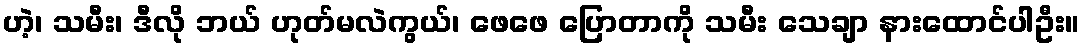
ဟဲ့၊ သမီး၊ ဒီလို ဘယ် ဟုတ်မလဲကွယ်၊ ဖေဖေ ပြောတာကို သမီး သေချာ နားထောင်ပါဦး။